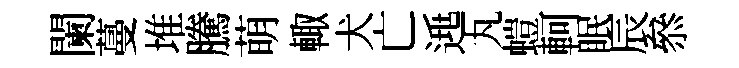
闌蔓堆騰萌輙犬亡𨓱丸螘軻眠辰叅